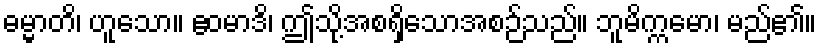
ဓမ္မာတိ၊ ဟူသော။ ဧဝမာဒိ၊ ဤသို့အစရှိသောအစဉ်သည်။ ဘူမိက္ကမော၊ မည်၏။